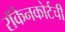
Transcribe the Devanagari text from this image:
रॉकेनकोर्टची